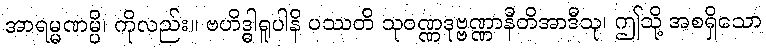
အာရမ္မဏမ္ပိ၊ ကိုလည်း။ ဗဟိဒ္ဓါရူပါနိ ပဿတိ သုဝဏ္ဏဒုဗ္ဗဏ္ဏာနီတိအာဒီသု၊ ဤသို့ အစရှိသော